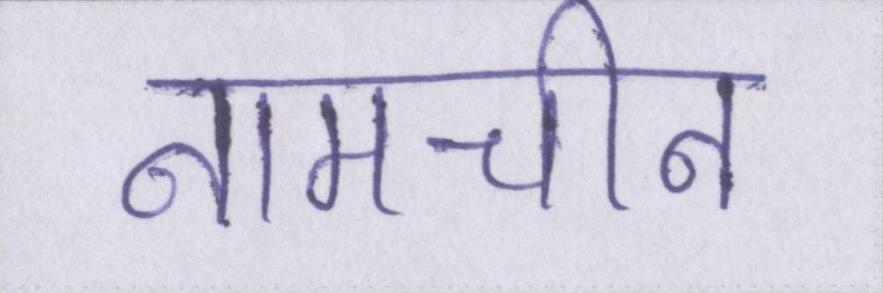
नामचीन